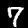
Label: 7